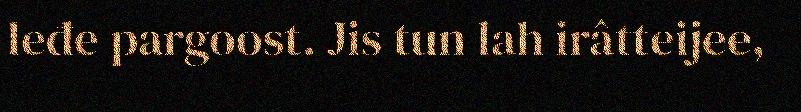
leđe pargoost. Jis tun lah irâtteijee,